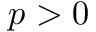
p > 0